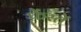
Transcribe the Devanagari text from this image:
फेंस्तें